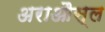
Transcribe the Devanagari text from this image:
अराऔस्ल